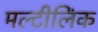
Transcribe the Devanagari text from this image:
मल्टीलिंक